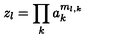
z _ { l } = \prod _ { k } a _ { k } ^ { m _ { l , k } }